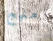
منهج